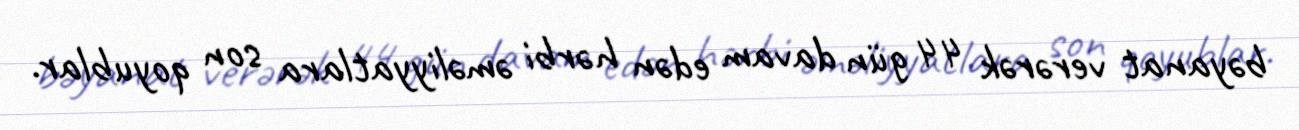
bəyanat verərək 44 gün davam edən hərbi əməliyyatlara son qoyublar.